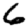
Digit: 6